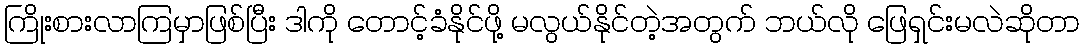
ကြိုးစားလာကြမှာဖြစ်ပြီး ဒါကို တောင့်ခံနိုင်ဖို့ မလွယ်နိုင်တဲ့အတွက် ဘယ်လို ဖြေရှင်းမလဲဆိုတာ